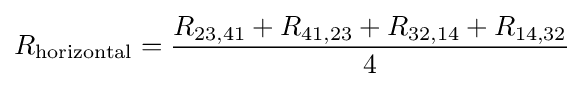
R_{\text{horizontal}}={\frac {R_{23,41}+R_{41,23}+R_{32,14}+R_{14,32}}{4}}